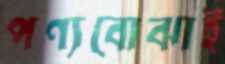
পণ্যবোঝাই